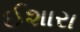
ઈશારા